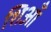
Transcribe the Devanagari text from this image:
शिआँ